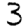
Digit: 3